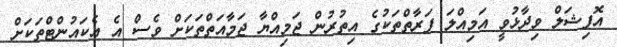
އޮފިޝަލް ވިދާޅުވީ އަމިއްލަ ފަރާތްތަކުގެ އިތުރުން ޖަމިއްޔާ ޖަމާއަތްތަކަށް ވެސް އެ އެކައުންޓްތަކަށް